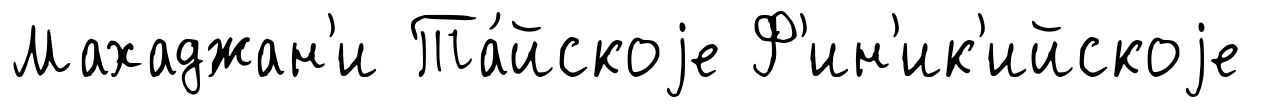
Махаджан'и Та́йскоjе Ф'ин'ик'ийскоjе